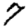
Digit: 7